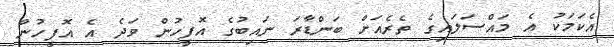
އެކަމަކު އެ މައްސަލައިގެ ތެރެއަށް ބަންޑާރަ ނައިބުގެ އޮފީހުން ވަދެ އެ އޮފީހުން